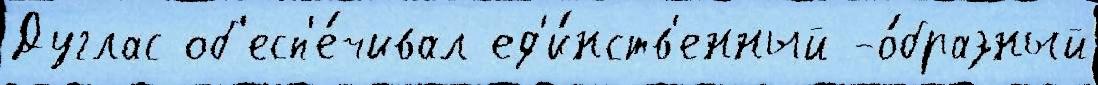
Дуглас об'есп'е́чивал ед'и́нств'енный -о́бразный